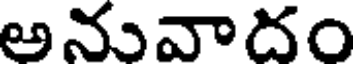
అనువాదం